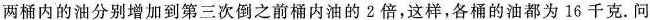
两桶内的油分别增加到第三次倒之前桶内油的2倍，这样，各桶的油都为16千克。问